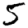
Digit: 5